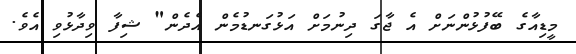
މީޑިއާގެ ބޭފުޅުންނަށް އެ ޖާގަ ދިނުމަށް އަޅުގަނޑުމެން އެދެން" ޝިފާ ވިދާޅުވި އެވެ.